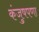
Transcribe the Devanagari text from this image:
कंजुषपणा